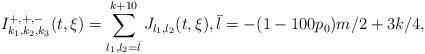
LaTeX: \begin{align*}I^{+,+,-}_{k_{1},k_{2}, k_{3}}(t,\xi ) = \sum_{l_{1}, l_{2}=\bar{l}}^{k+10} J_{l_{1}, l_{2}}(t,\xi),\bar{l}=-(1-100p_0)m/2+3k/4,\end{align*}